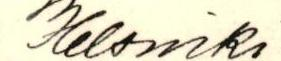
Helsinki